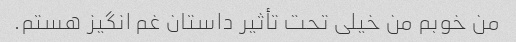
من خوبم من خیلی تحت تأثیر داستان غم انگیز هستم.